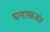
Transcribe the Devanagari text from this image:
घनास्त्रअंत